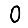
Digit: 0